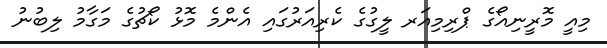
މިއީ މޮރީނިއޯގެ ޕްރިމިއަރ ލީގުގެ ކެރިއަރުގައި އެންމެ މޮޅު ކޯޗުގެ މަގާމު ލިބުނު